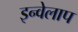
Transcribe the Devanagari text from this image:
इन्वेलाप